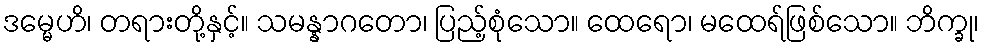
ဒမ္မေဟိ၊ တရားတို့နှင့်။ သမန္နာဂတော၊ ပြည့်စုံသော။ ထေရော၊ မထေရ်ဖြစ်သော။ ဘိက္ခု၊